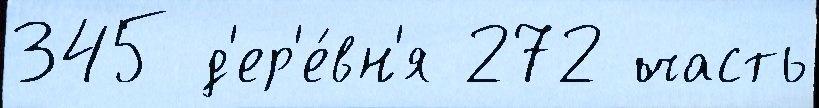
345 д'ер'е́вн'я 272 часть